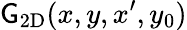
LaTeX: {\mathsf{G}}_{\mathrm{{2D}}}(x,y,x^{\prime},y_{0})